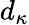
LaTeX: d_{\kappa}